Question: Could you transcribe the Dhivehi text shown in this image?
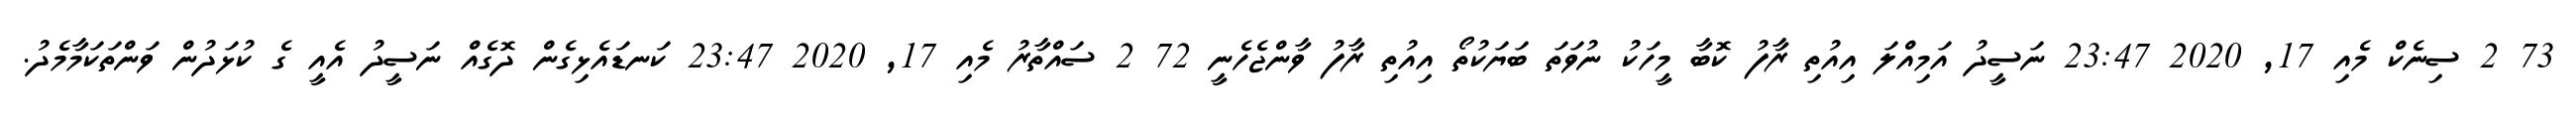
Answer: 73 2 ސިނެކް މެއި 17, 2020 23:47 ނަސީދު އަމިއްލަ އިއުތި ރާފު ކޮބާ މީހަކު ނުވަތަ ބަޔަކުތޯ އިއުތި ރާފު ވާންޖެހެނީ 72 2 ސައްތާރު މެއި 17, 2020 23:47 ކަނޑައެޅިގެން ދޮގެއް ނަސީދު އެއީ ގެ ކުޅަދުން ވަންތަކަމާމެދު.